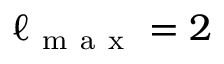
\ell _ { \mathrm { ~ m ~ a ~ x ~ } } = 2